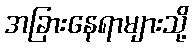
အခြားနေရာများသို့